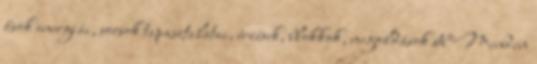
ősök energiái, sorsok tapasztalatai, érzések, blokkok, megoldások stb Minden